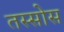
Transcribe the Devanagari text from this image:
तस्सोस